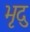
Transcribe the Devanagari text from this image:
भृदु